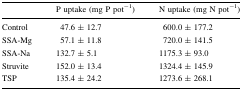
<table><thead><tr><td></td><td><b>P uptake (mg P pot<sup>−1</sup>)</b></td><td><b>N uptake (mg N pot<sup>−1</sup>)</b></td></tr></thead><tbody><tr><td>Control</td><td>47.6 ± 12.7</td><td>600.0 ± 177.2</td></tr><tr><td>SSA-Mg</td><td>57.1 ± 11.8</td><td>720.0 ± 141.5</td></tr><tr><td>SSA-Na</td><td>132.7 ± 5.1</td><td>1175.3 ± 93.0</td></tr><tr><td>Struvite</td><td>152.0 ± 13.4</td><td>1324.4 ± 145.9</td></tr><tr><td>TSP</td><td>135.4 ± 24.2</td><td>1273.6 ± 268.1</td></tr></tbody></table>